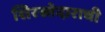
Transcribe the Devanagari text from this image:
शिरस्तेदाराची